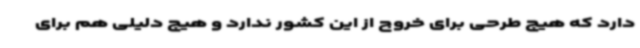
دارد که هیچ طرحی برای خروج از این کشور ندارد و هیچ دلیلی هم برای